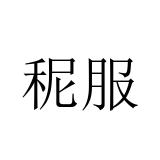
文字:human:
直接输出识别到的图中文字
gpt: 秜服